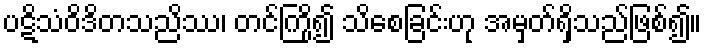
ပဋိသံဝိဒိတသညိဿ၊ တင်ကြို၍ သိစေခြင်းဟု အမှတ်ရှိသည်ဖြစ်၍။